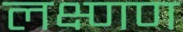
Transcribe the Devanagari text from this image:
लक्ष्णण